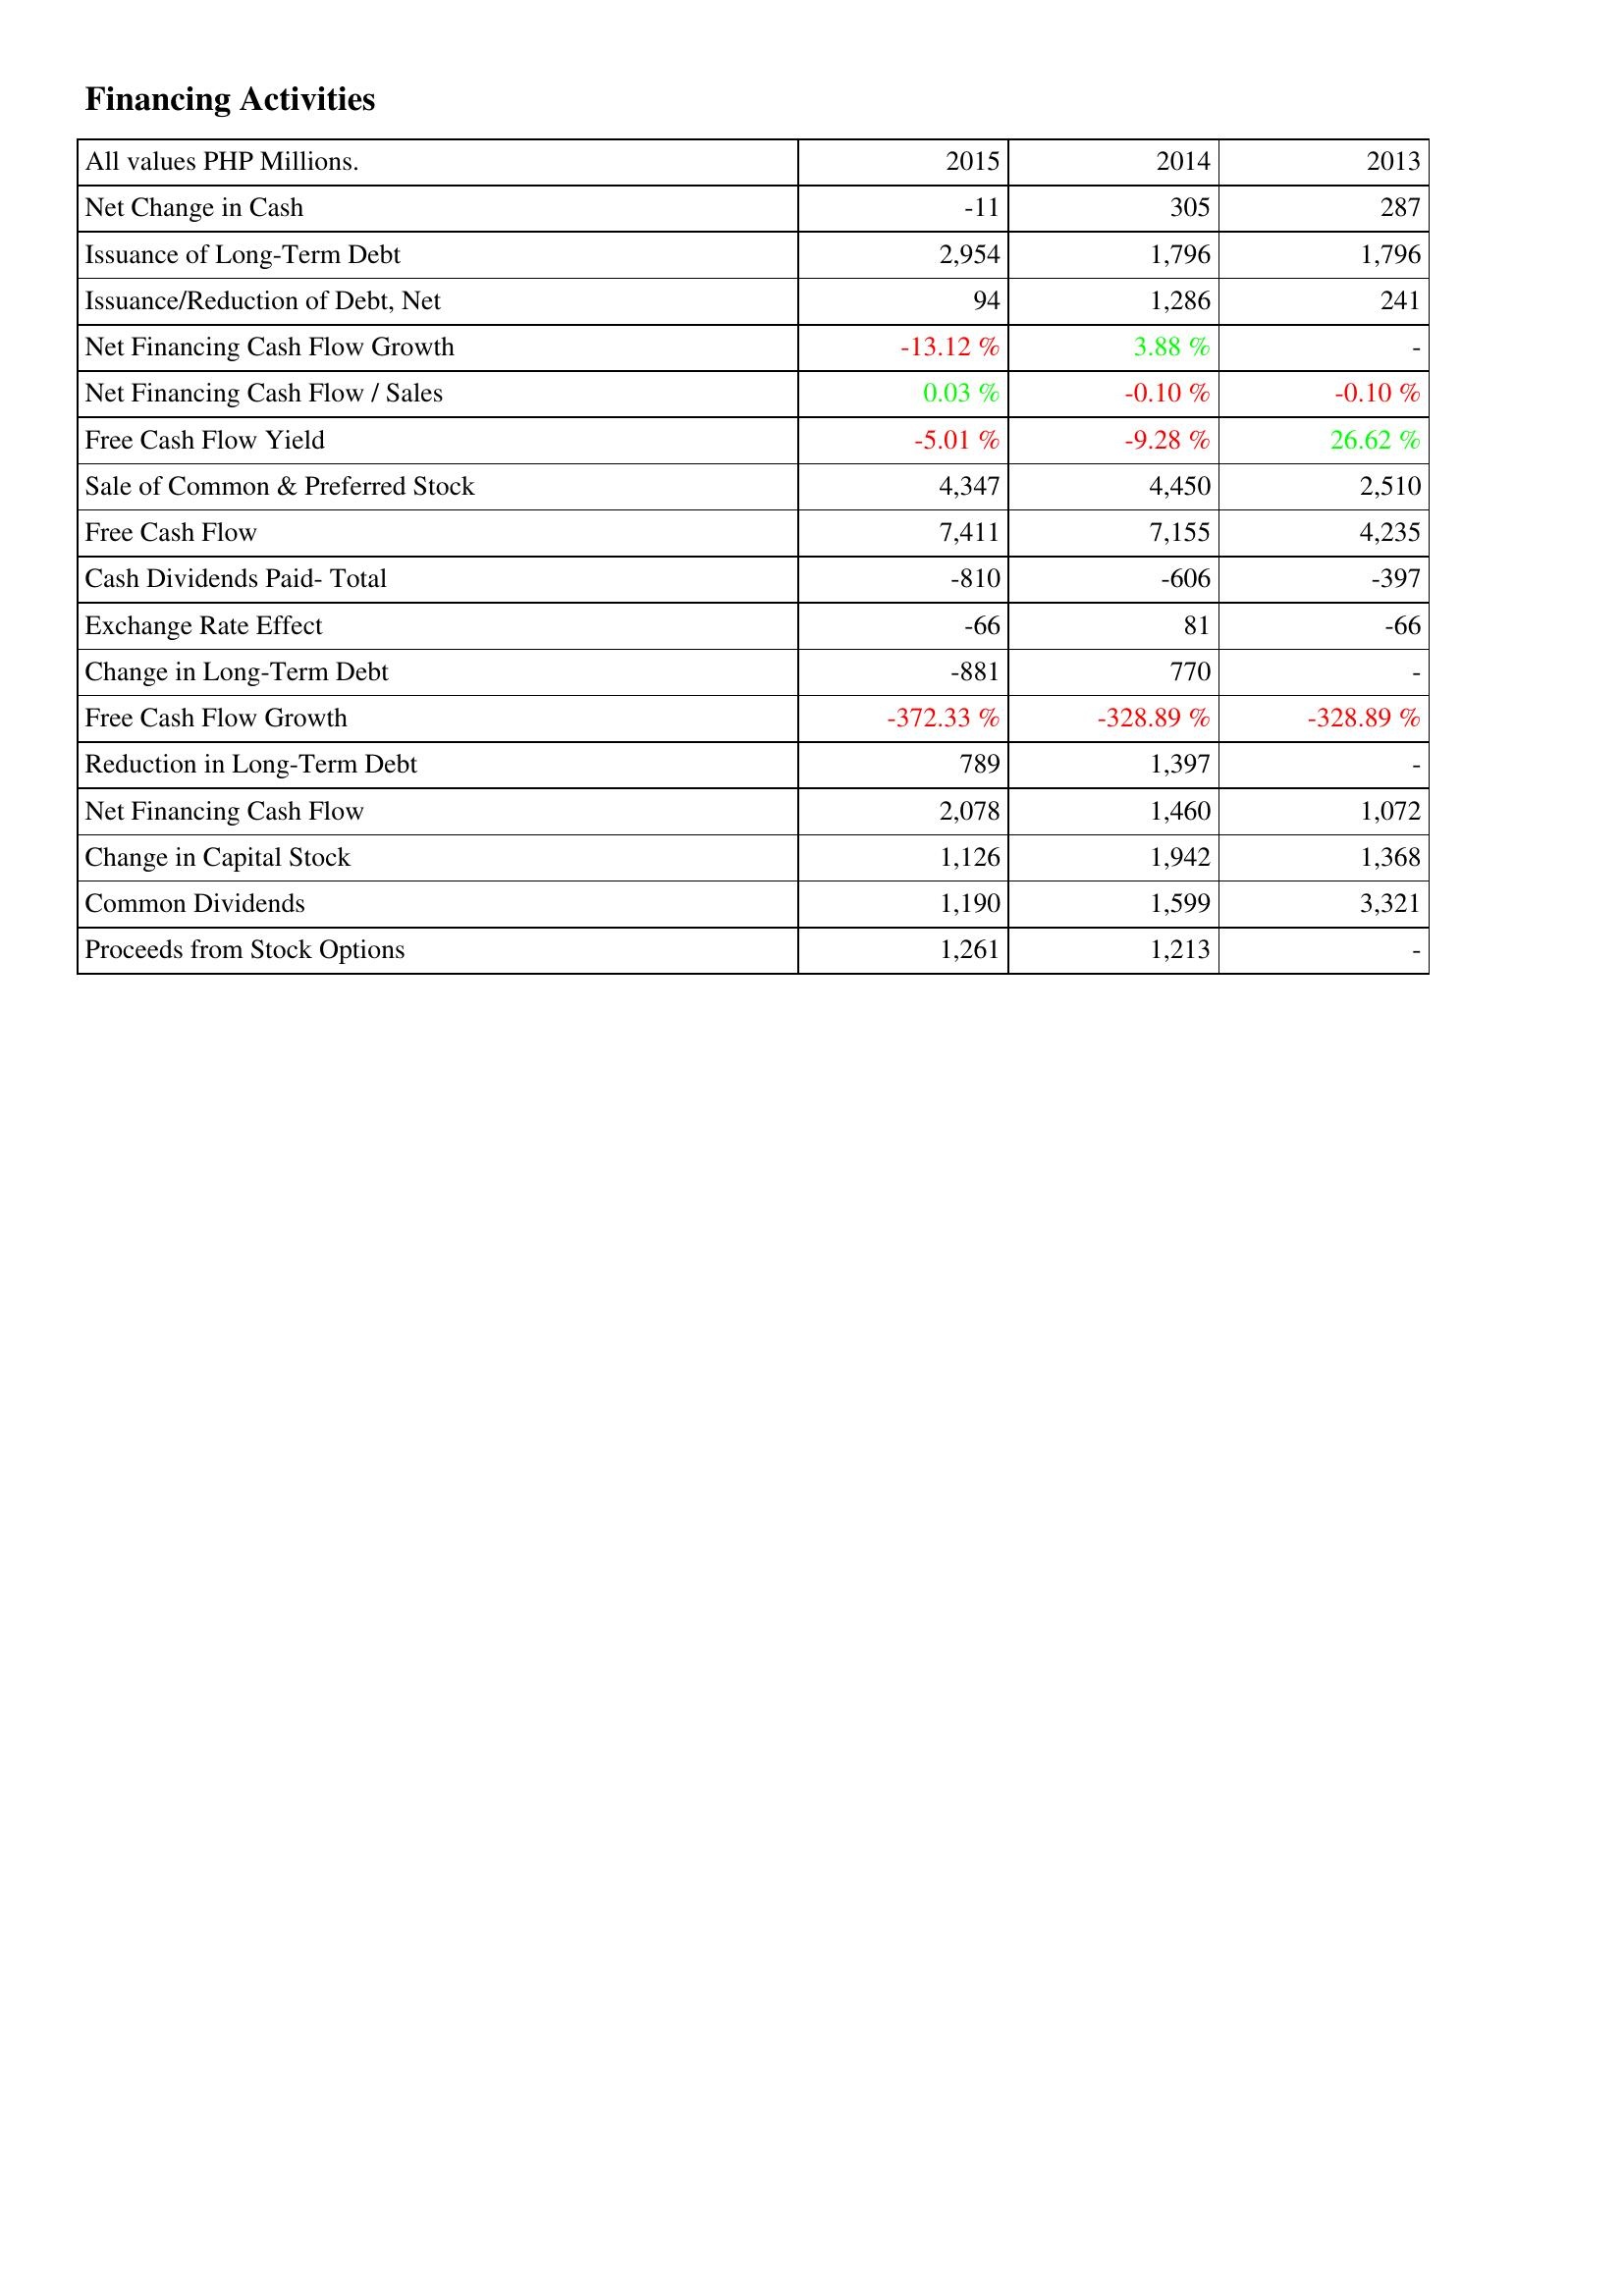
2015: Financing Activities: Net Change in Cash: -11
Issuance of Long-Term Debt: 2,954
Issuance/Reduction of Debt, Net: 94
Net Financing Cash Flow Growth: -13.12 %
Net Financing Cash Flow / Sales: 0.03 %
Free Cash Flow Yield: -5.01 %
Sale of Common & Preferred Stock: 4,347
Free Cash Flow: 7,411
Cash Dividends Paid- Total: -810
Exchange Rate Effect: -66
Change in Long-Term Debt: -881
Free Cash Flow Growth: -372.33 %
Reduction in Long-Term Debt: 789
Net Financing Cash Flow: 2,078
Change in Capital Stock: 1,126
Common Dividends: 1,190
Proceeds from Stock Options: 1,261
2014: Financing Activities: Net Change in Cash: 305
Issuance of Long-Term Debt: 1,796
Issuance/Reduction of Debt, Net: 1,286
Net Financing Cash Flow Growth: 3.88 %
Net Financing Cash Flow / Sales: -0.10 %
Free Cash Flow Yield: -9.28 %
Sale of Common & Preferred Stock: 4,450
Free Cash Flow: 7,155
Cash Dividends Paid- Total: -606
Exchange Rate Effect: 81
Change in Long-Term Debt: 770
Free Cash Flow Growth: -328.89 %
Reduction in Long-Term Debt: 1,397
Net Financing Cash Flow: 1,460
Change in Capital Stock: 1,942
Common Dividends: 1,599
Proceeds from Stock Options: 1,213
2013: Financing Activities: Net Change in Cash: 287
Issuance of Long-Term Debt: 1,796
Issuance/Reduction of Debt, Net: 241
Net Financing Cash Flow Growth: -
Net Financing Cash Flow / Sales: -0.10 %
Free Cash Flow Yield: 26.62 %
Sale of Common & Preferred Stock: 2,510
Free Cash Flow: 4,235
Cash Dividends Paid- Total: -397
Exchange Rate Effect: -66
Change in Long-Term Debt: -
Free Cash Flow Growth: -328.89 %
Reduction in Long-Term Debt: -
Net Financing Cash Flow: 1,072
Change in Capital Stock: 1,368
Common Dividends: 3,321
Proceeds from Stock Options: -